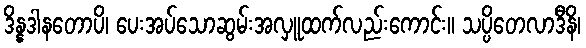
ဒိန္နဒါနတောပိ၊ ပေးအပ်သောဆွမ်းအလှူထက်လည်းကောင်း။ သပ္ပိတေလာဒီနိ၊